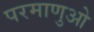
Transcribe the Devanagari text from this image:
परमाणुओ